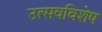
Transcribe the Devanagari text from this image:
उत्सवविशेष